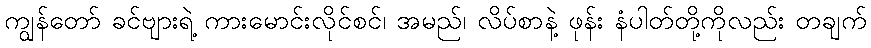
ကျွန်တော် ခင်ဗျားရဲ့ ကားမောင်းလိုင်စင်၊ အမည်၊ လိပ်စာနဲ့ ဖုန်း နံပါတ်တို့ကိုလည်း တချက်